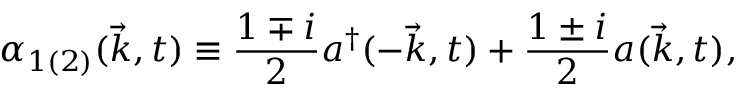
{ \alpha } _ { 1 ( 2 ) } ( { \vec { k } } , t ) \equiv \frac { 1 \mp i } { 2 } a ^ { \dagger } ( - { \vec { k } } , t ) + \frac { 1 \pm i } { 2 } a ( { \vec { k } } , t ) ,